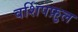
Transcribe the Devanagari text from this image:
वर्शिपफ़ुल